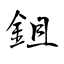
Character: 鉏